Trukikaitis_Postimees, lk 195
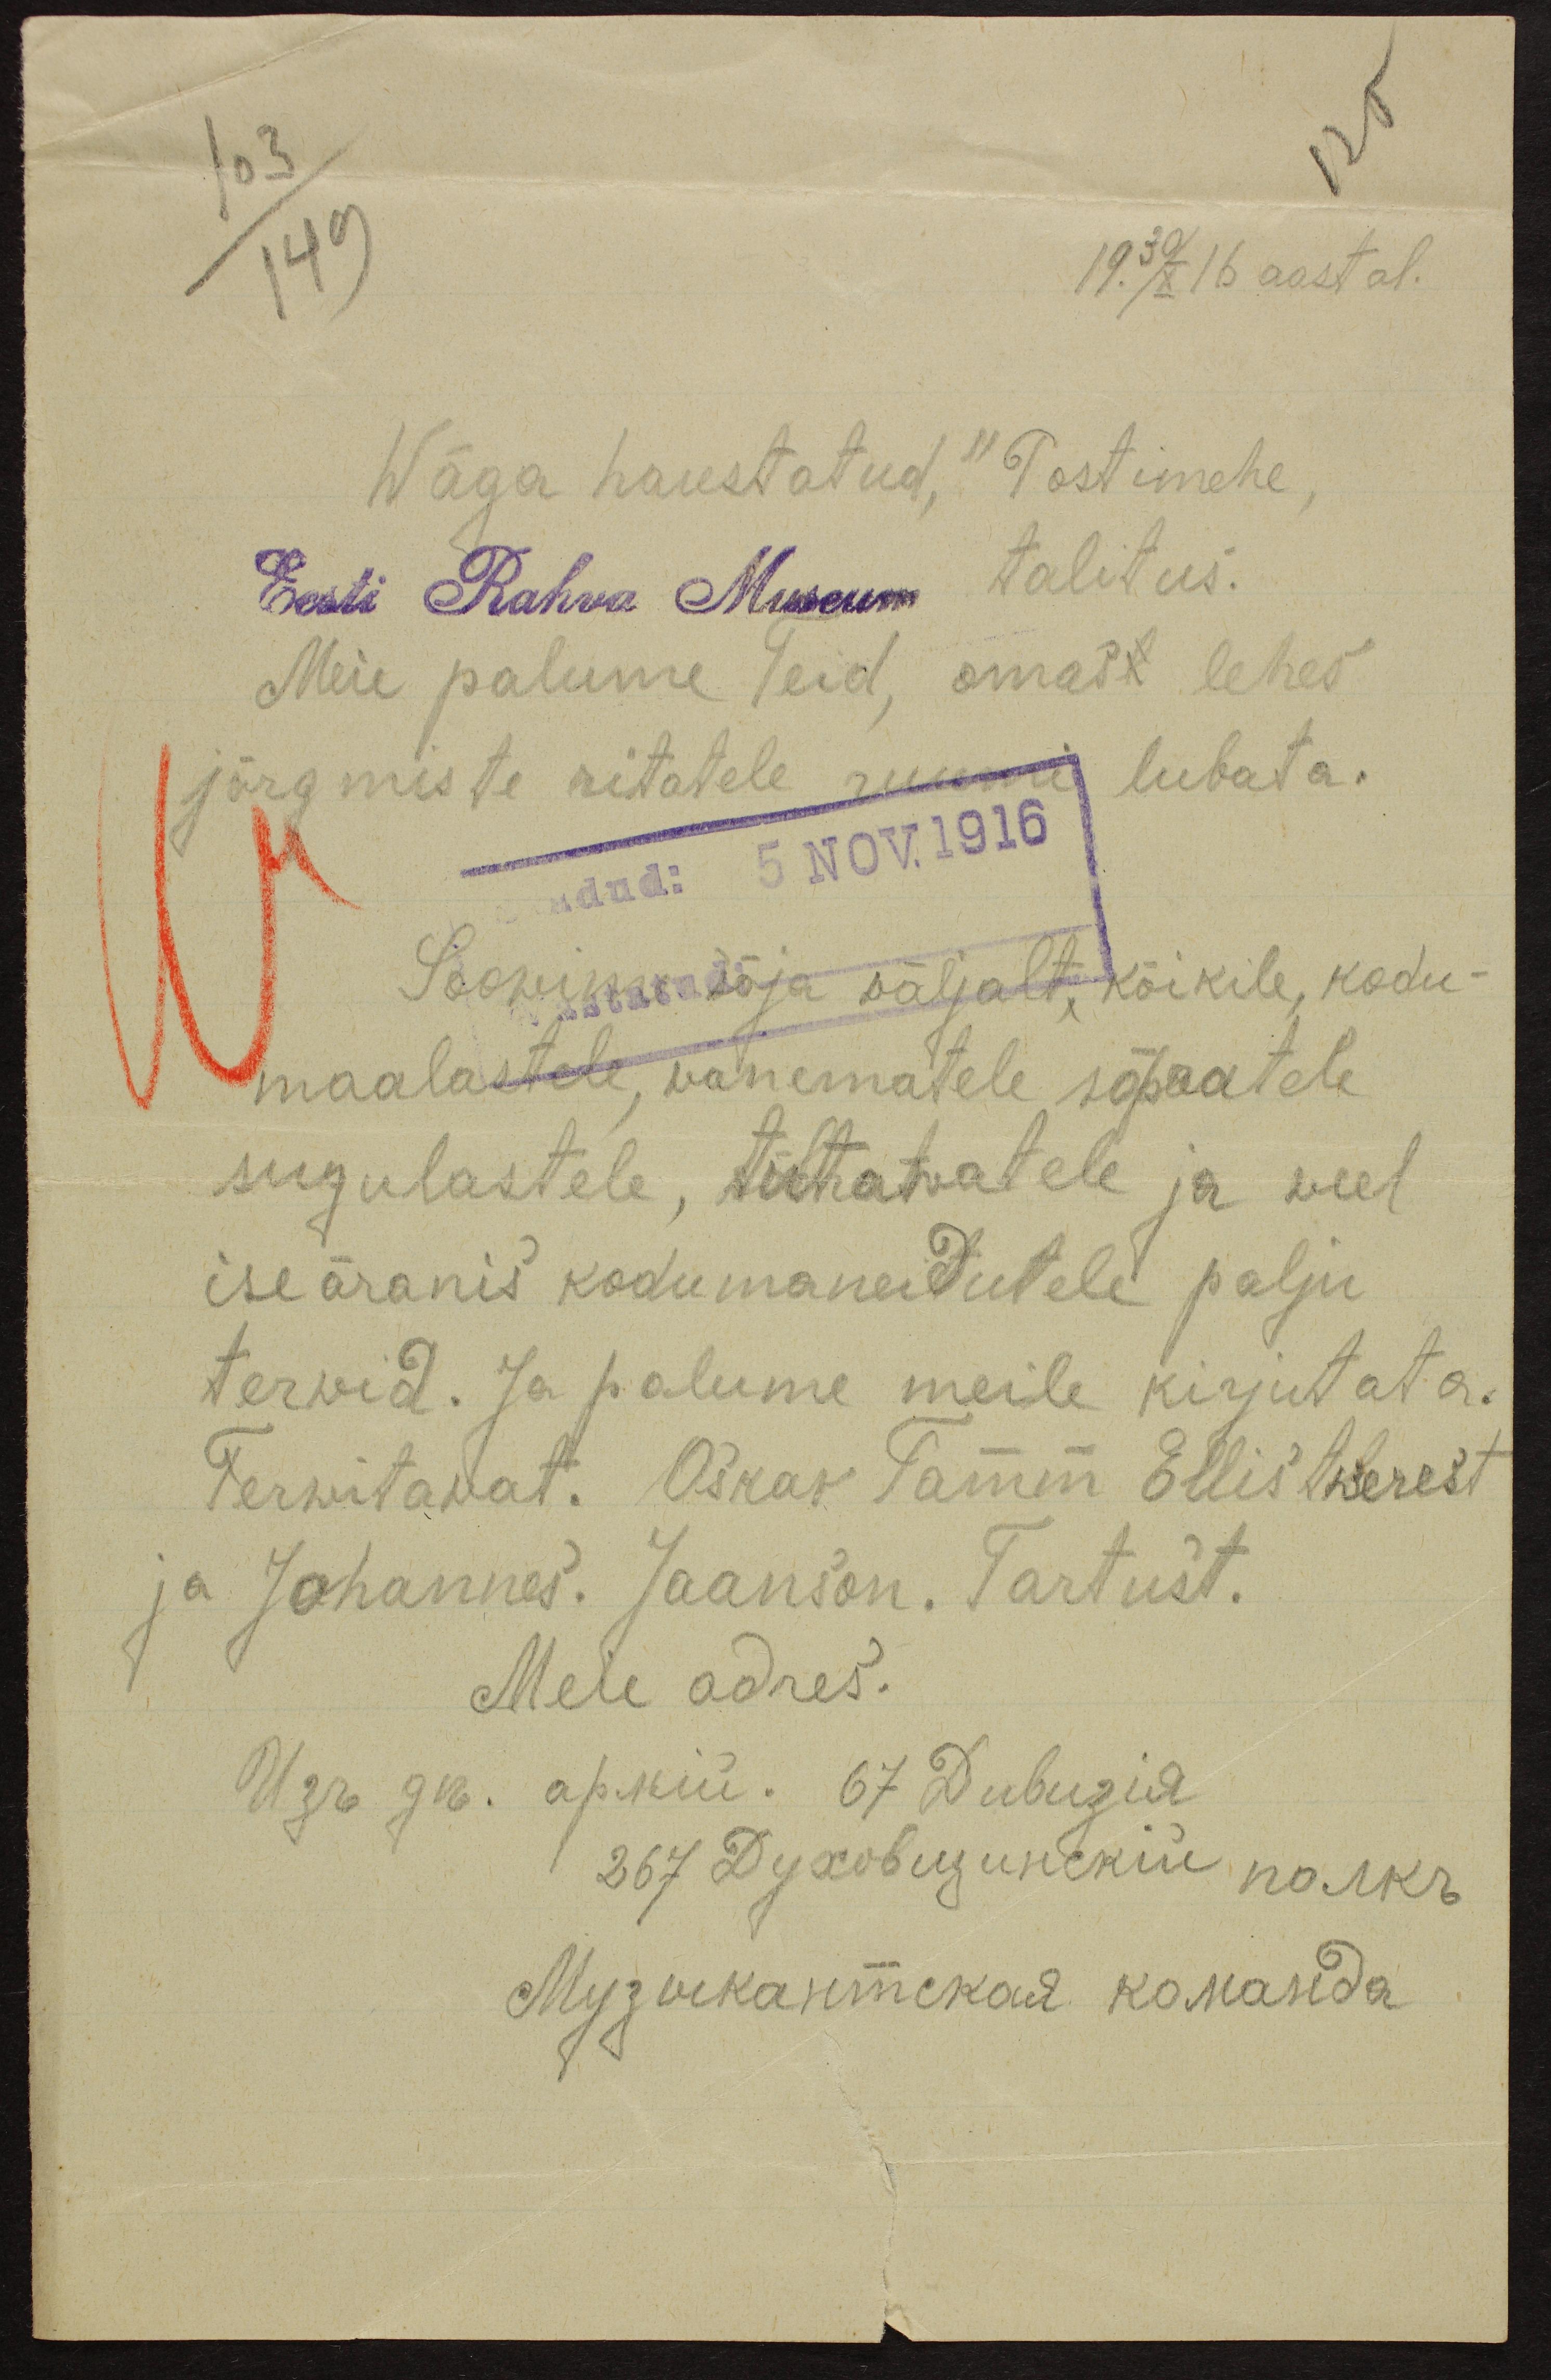
103
125
149
19.30/X 16 aastal.
Wäga haustatud, "Postimehe,
Eest Rahva Museum talitus.
Meie palume Teid, omasl lehes,
järgmiste ritatele ruumi lubata.
udud: 5 NOV.1916
Soowime sõja wäljalt kõikile, kodu-
maalastele, wanematele sõpratele
sugulastele, tutawatele ja weel
iseäranis kodumaneidutele palju
terwid. Ja palume meile kirjutata.
Terwitawat. Oskar Tamm Ellistwerest
ja Johannes. Jaanson. Tartust.
Meie adres.